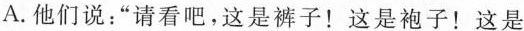
A.他们说：“请看吧，这是裤子！这是袍子！这是